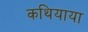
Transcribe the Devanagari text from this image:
कथियाया